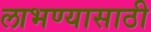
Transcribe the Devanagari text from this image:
लाभण्यासाठी